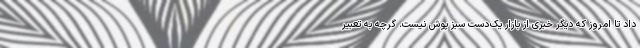
داد تا امروز که دیگر خبری از بازار یک‌دست سبز پوش نیست. گرچه به تعبیر